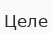
Целе